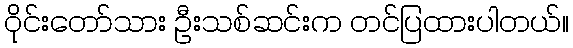
ဝိုင်းတော်သား ဦးသစ်ဆင်းက တင်ပြထားပါတယ်။